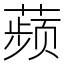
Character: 𬞟